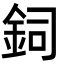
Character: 鉰